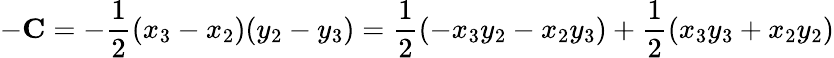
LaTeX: -\mathbf{C}=-{\frac{1}{2}}(x_{3}-x_{2})(y_{2}-y_{3})={\frac{1}{2}}(-x_{3}y_{2}-x_{2}y_{3})+{\frac{1}{2}}(x_{3}y_{3}+x_{2}y_{2})